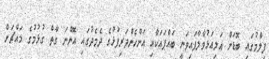
ފިލްމުގައި ބޮޑަށް އަލިއަޅުވާލާފައިވަނީ ބައްޕައަކާއި އަންހެންދަރިފުޅުގެ ދެމެދުގައި އޮންނަ ގާތް ގުޅުމުގެ މައްޗަށް